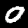
Label: 0